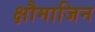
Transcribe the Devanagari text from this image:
क्षौमाजिन